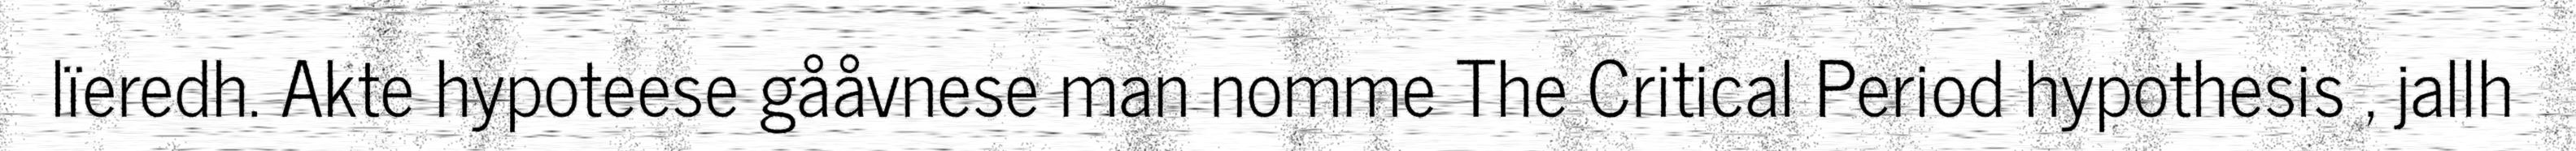
lïeredh. Akte hypoteese gååvnese man nomme The Critical Period hypothesis , jallh